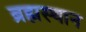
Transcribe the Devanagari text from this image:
ब्रह्मस्थान